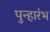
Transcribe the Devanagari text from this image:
पुन्हारंभ